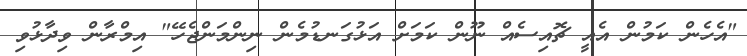
"އެހެން ކަމުން އެއީ ޗޮއިސެއް ނޫން ކަމަށް އަޅުގަނޑުމެން ނިންމަންޖެހޭ" އިމްރާން ވިދާޅުވި